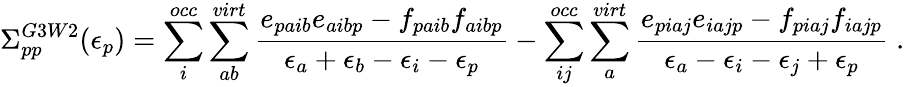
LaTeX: \Sigma_{pp}^{G3W2}(\epsilon_{p})=\sum_{i}^{occ}\sum_{ab}^{virt}\frac{e_{paib}e_{aibp}-f_{paib}f_{aibp}}{\epsilon_{a}+\epsilon_{b}-\epsilon_{i}-\epsilon_{p}}-\sum_{ij}^{occ}\sum_{a}^{virt}\frac{e_{piaj}e_{iajp}-f_{piaj}f_{iajp}}{\epsilon_{a}-\epsilon_{i}-\epsilon_{j}+\epsilon_{p}}\; .